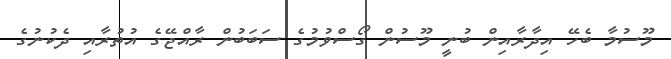
މޫސުމާ ބެހޭ އިދާރާއިން ބުނީ މޫސުން ގޯސްވުމުގެ ސަބަބުން ރާއްޖޭގެ އުތުރާއި ދެކުނުގެ